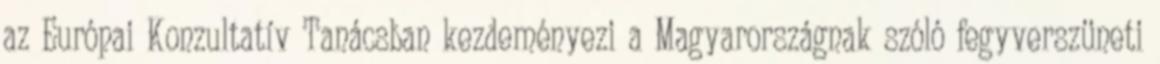
az Európai Konzultatív Tanácsban kezdeményezi a Magyarországnak szóló fegyverszüneti